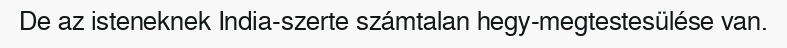
De az isteneknek India-szerte számtalan hegy-megtestesülése van.